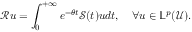
\mathcal { R } u = \int _ { 0 } ^ { + \infty } e ^ { - \theta t } \mathcal { S } ( t ) u d t , \quad \forall u \in \mathbb { L } ^ { p } ( \mathcal { U } ) .